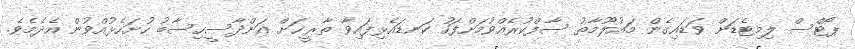
ޕޯޓްސް ލިމިޓެޑަށް ވަޑައިގެން މައުލޫމާތު ސާފްކުރެއްވުމަށްފަހު ކަނޑައެޅިފައިވާ ތާރީޚަށް އަންދާސީހިސާބު ހުށަހެޅުއްވުން އެދެމެވެ.